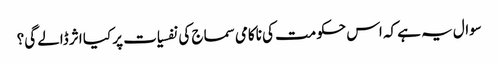
سوال یہ ہے کہ اس حکومت کی ناکامی سماج کی نفسیات پر کیا اثر ڈالے گی؟